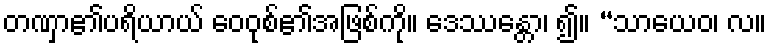
တဏှာ၏ပရိယာယ် ဝေဝုစ်၏အဖြစ်ကို။ ဒေဿန္တော၊ ၍။ “သာယေဝ၊ လ။